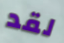
لقد